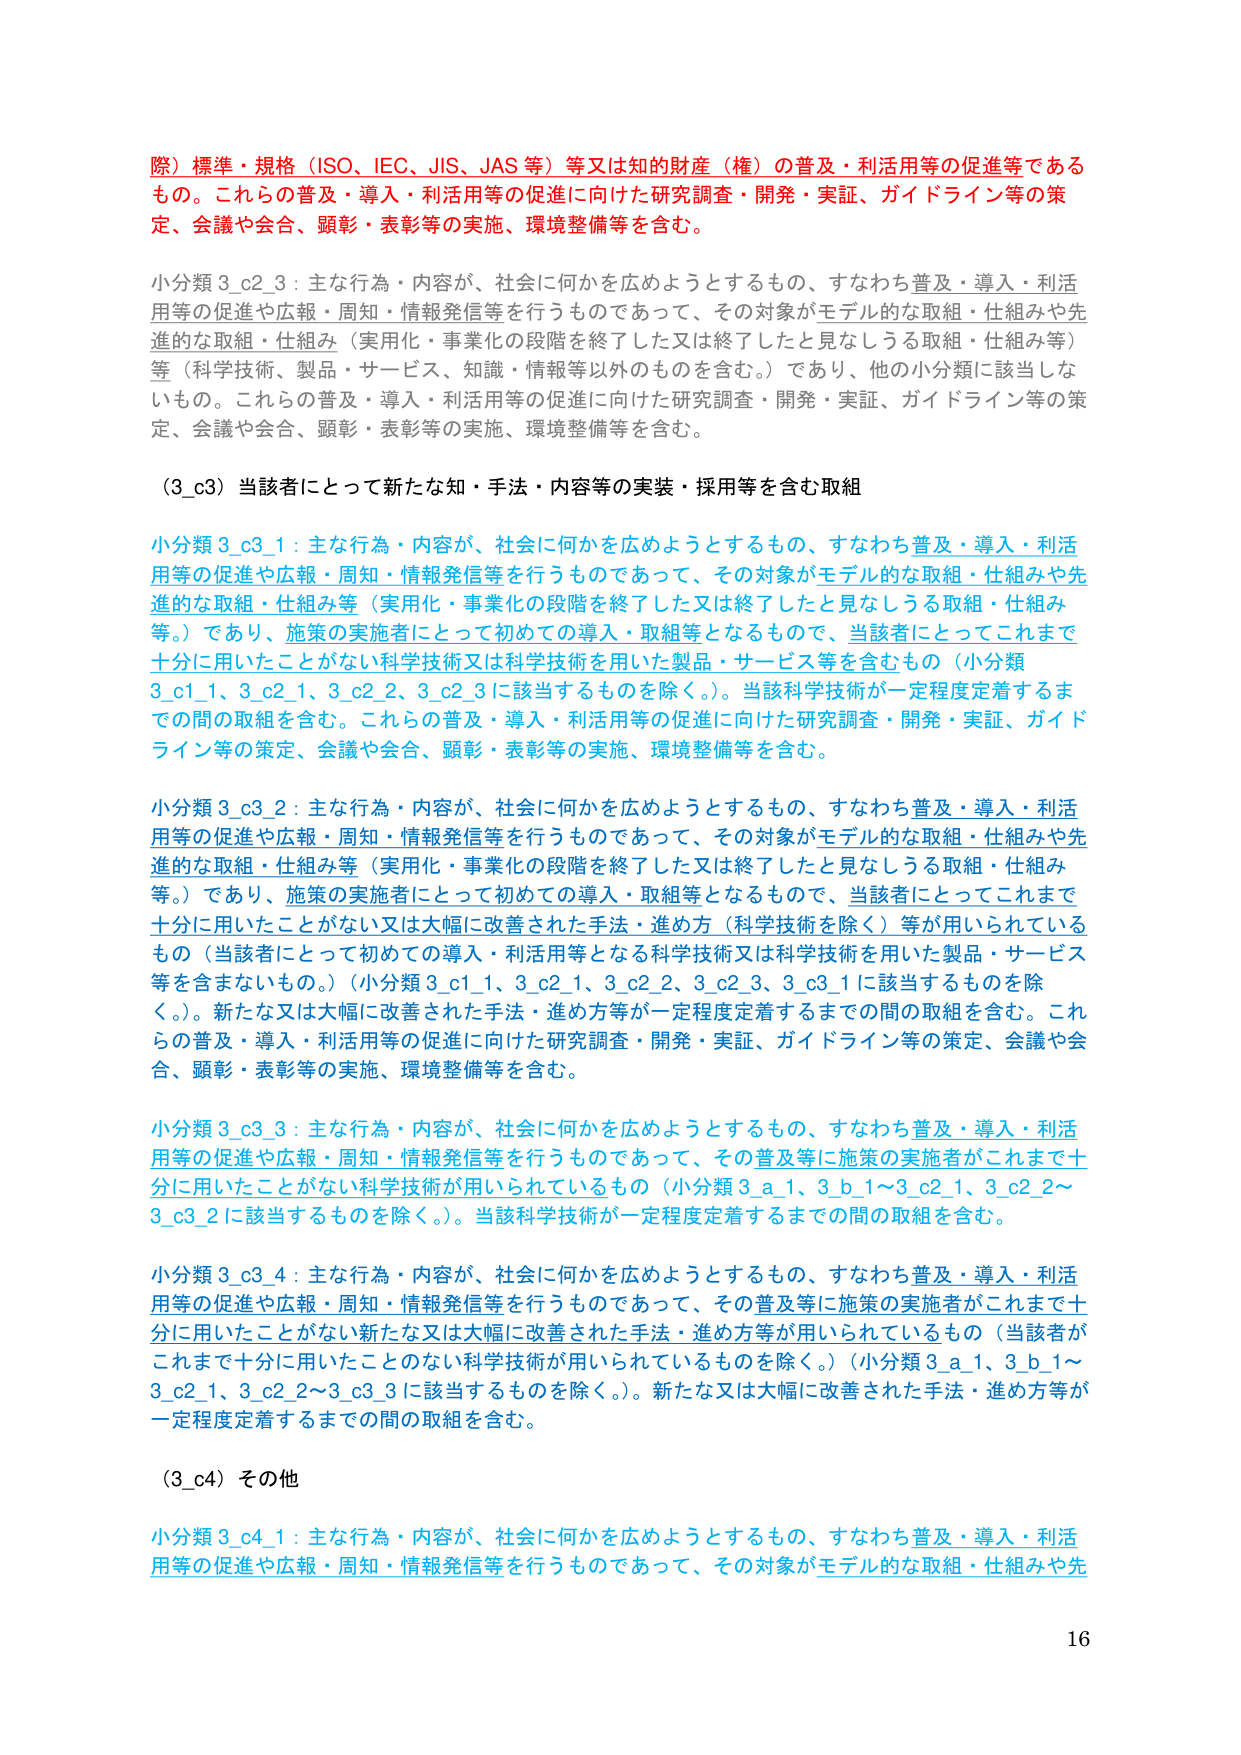
際）標準・規格（ISO、IEC、JIS、JAS等）等又は知的財産（権）の普及・利活用等の促進等であるもの。これらの普及・導入・利活用等の促進に向けた研究調査・開発・実証、ガイドライン等の策定、会議や会合、顕彰・表彰等の実施、環境整備等を含む。

小分類3_c2_3：主な行為・内容が、社会に何かを広めようとするもの、すなわち普及・導入・利活用等の促進や広報・周知・情報発信等を行うものであって、その対象がモデル的な取組・仕組みや先進的な取組・仕組み（実用化・事業化の段階を終了した又は終了したと見なしうる取組・仕組み等）等（科学技術、製品・サービス、知識・情報等以外のものを含む。）であり、他の小分類に該当しないもの。これらの普及・導入・利活用等の促進に向けた研究調査・開発・実証、ガイドライン等の策定、会議や会合、顕彰・表彰等の実施、環境整備等を含む。

（3_c3）当該者にとって新たな知・手法・内容等の実装・採用等を含む取組

小分類3_c3_1：主な行為・内容が、社会に何かを広めようとするもの、すなわち普及・導入・利活用等の促進や広報・周知・情報発信等を行うものであって、その対象がモデル的な取組・仕組みや先進的な取組・仕組み等（実用化・事業化の段階を終了した又は終了したと見なしうる取組・仕組み等。）であり、施策の実施者にとって初めての導入・取組等となるもので、当該者にとってこれまで十分に用いたことがない科学技術又は科学技術を用いた製品・サービス等を含むもの（小分類3_c1_1、3_c2_1、3_c2_2、3_c2_3に該当するものを除く。）。当該科学技術が一定程度定着するまでの間の取組を含む。これらの普及・導入・利活用等の促進に向けた研究調査・開発・実証、ガイドライン等の策定、会議や会合、顕彰・表彰等の実施、環境整備等を含む。

小分類3_c3_2：主な行為・内容が、社会に何かを広めようとするもの、すなわち普及・導入・利活用等の促進や広報・周知・情報発信等を行うものであって、その対象がモデル的な取組・仕組みや先進的な取組・仕組み等（実用化・事業化の段階を終了した又は終了したと見なしうる取組・仕組み等。）であり、施策の実施者にとって初めての導入・取組等となるもので、当該者にとってこれまで十分に用いたことがない又は大幅に改善された手法・進め方（科学技術を除く）等が用いられているもの（当該者にとって初めての導入・利活用等となる科学技術又は科学技術を用いた製品・サービス等を含まないもの。）（小分類3_c1_1、3_c2_1、3_c2_2、3_c2_3、3_c3_1に該当するものを除く。）。新たな又は大幅に改善された手法・進め方等が一定程度定着するまでの間の取組を含む。これらの普及・導入・利活用等の促進に向けた研究調査・開発・実証、ガイドライン等の策定、会議や会合、顕彰・表彰等の実施、環境整備等を含む。

小分類3_c3_3：主な行為・内容が、社会に何かを広めようとするもの、すなわち普及・導入・利活用等の促進や広報・周知・情報発信等を行うものであって、その普及等に施策の実施者がこれまで十分に用いたことがない科学技術が用いられているもの（小分類3_a_1、3_b_1～3_c2_1、3_c2_2～3_c3_2に該当するものを除く。）。当該科学技術が一定程度定着するまでの間の取組を含む。

小分類3_c3_4：主な行為・内容が、社会に何かを広めようとするもの、すなわち普及・導入・利活用等の促進や広報・周知・情報発信等を行うものであって、その普及等に施策の実施者がこれまで十分に用いたことがない新たな又は大幅に改善された手法・進め方等が用いられているもの（当該者がこれまで十分に用いたことのない科学技術が用いられているものを除く。）（小分類3_a_1、3_b_1～3_c2_1、3_c2_2～3_c3_3に該当するものを除く。）。新たな又は大幅に改善された手法・進め方等が一定程度定着するまでの間の取組を含む。

（3_c4）その他

小分類3_c4_1：主な行為・内容が、社会に何かを広めようとするもの、すなわち普及・導入・利活用等の促進や広報・周知・情報発信等を行うものであって、その対象がモデル的な取組・仕組みや先

16